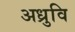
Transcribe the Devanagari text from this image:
अध्रुवि